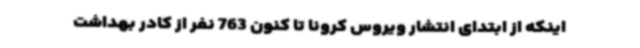
اینکه از ابتدای انتشار ویروس کرونا تا کنون 763 نفر از کادر بهداشت